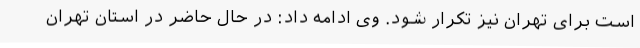
است برای تهران نیز تکرار شود. وی ادامه داد: در حال حاضر در استان تهران